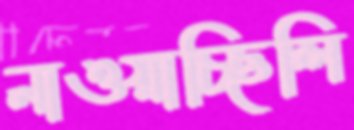
নাওয়াচ্ছিলি